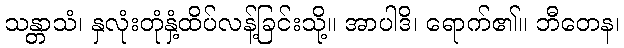
သန္တာသံ၊ နှလုံးတုံနှံ့ထိပ်လန့်ခြင်းသို့။ အာပါဒိ၊ ရောက်၏။ ဘီတေန၊